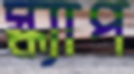
স্ক্যাপ